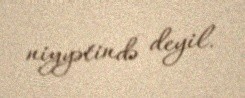
niyyətində deyil.